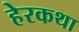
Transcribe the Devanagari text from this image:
हेरकथा